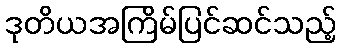
ဒုတိယအကြိမ်ပြင်ဆင်သည့်